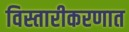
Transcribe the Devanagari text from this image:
विस्तारीकरणात